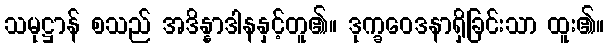
သမုဋ္ဌာန် စသည် အဒိန္နာဒါနနှင့်တူ၏။ ဒုက္ခဝေဒနာရှိခြင်းသာ ထူး၏။